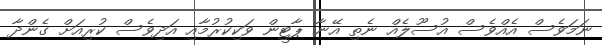
ނަމަވެސް އެއްވެސް އުސޫލެއް ނެތި އޭނާ ޕާޓީން ވަކިކުރުމާއި އަދިވެސް ކުރިއަށް ގެންދާ